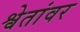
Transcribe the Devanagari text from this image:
श्वेतांवर